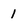
Character: 1